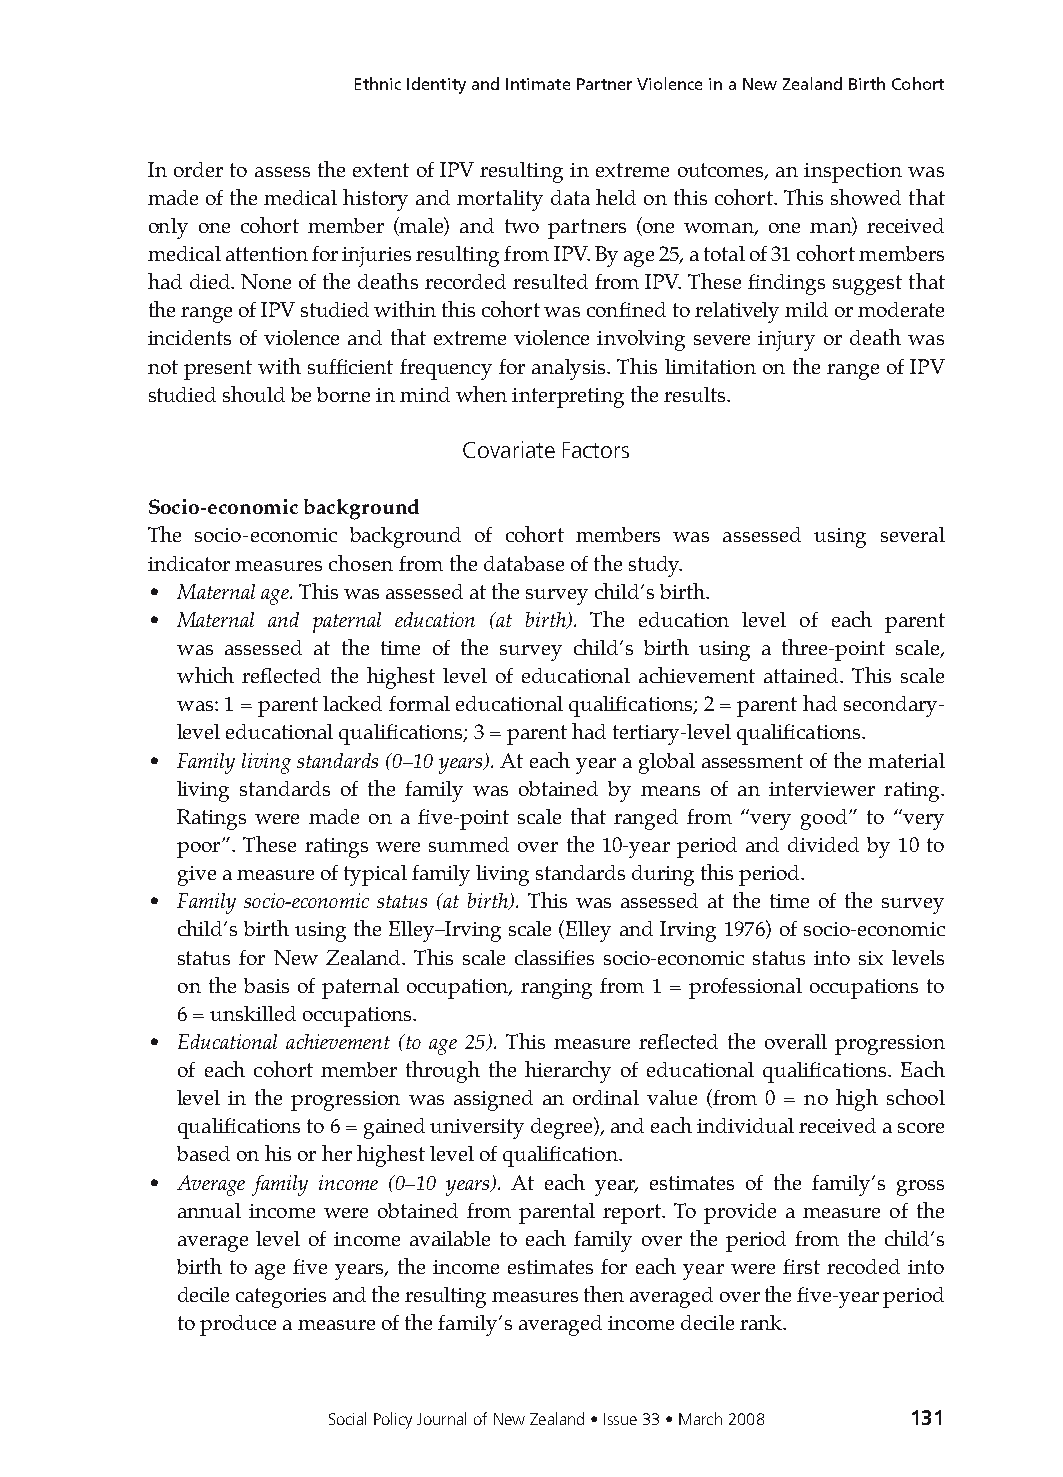
Ethnic Identity and Intimate Partner Violence in a New Zealand Birth Cohort
 In order to assess the extent of IPV resulting in extreme outcomes, an inspection was
 made of the medical history and mortality data held on this cohort. This showed that
 only one cohort member (male) and two partners (one woman, one man) received
 medical attention for injuries resulting from IPV. By age 25, a total of 31 cohort members
 had died. None of the deaths recorded resulted from IPV. These findings suggest that
 the range of IPV studied within this cohort was confined to relatively mild or moderate
 incidents of violence and that extreme violence involving severe injury or death was
 not present with sufficient frequency for analysis. This limitation on the range of IPV
 studied should be borne in mind when interpreting the results.
 Covariate Factors
 Socio-economic background
 The socio-economic background of cohort members was assessed using several
 indicator measures chosen from the database of the study.
 • Maternal age. This was assessed at the survey child’s birth.
 • Maternal and paternal education (at birth). The education level of each parent
 was assessed at the time of the survey child’s birth using a three-point scale,
 which reflected the highest level of educational achievement attained. This scale
 was: 1 = parent lacked formal educational qualifications; 2 = parent had secondary-
 level educational qualifications; 3 = parent had tertiary-level qualifications.
 • Family living standards (0–10 years). At each year a global assessment of the material
 living standards of the family was obtained by means of an interviewer rating.
 Ratings were made on a five-point scale that ranged from “very good” to “very
 poor”. These ratings were summed over the 10-year period and divided by 10 to
 give a measure of typical family living standards during this period.
 • Family socio-economic status (at birth). This was assessed at the time of the survey
 child’s birth using the Elley–Irving scale (Elley and Irving 1976) of socio-economic
 status for New Zealand. This scale classifies socio-economic status into six levels
 on the basis of paternal occupation, ranging from 1 = professional occupations to
 6 = unskilled occupations.
 • Educational achievement (to age 25). This measure reflected the overall progression
 of each cohort member through the hierarchy of educational qualifications. Each
 level in the progression was assigned an ordinal value (from 0 = no high school
 qualifications to 6 = gained university degree), and each individual received a score
 based on his or her highest level of qualification.
 • Average family income (0–10 years). At each year, estimates of the family’s gross
 annual income were obtained from parental report. To provide a measure of the
 average level of income available to each family over the period from the child’s
 birth to age five years, the income estimates for each year were first recoded into
 decile categories and the resulting measures then averaged over the five-year period
 to produce a measure of the family’s averaged income decile rank.
 Social Policy Journal of New Zealand • Issue 33 • March 2008 131